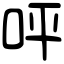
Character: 呯